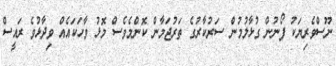
ނޫސްވެރިޔަކު ފޯނުން ގުޅާލުމުން ސަރުކާރުގެ ތަރުޖަމާން ކޮންމެވެސް މޮޅު ވާހަކައެއް ވިދާޅުވެ ރައީސް